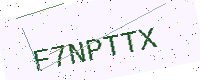
Text: F7NPTTX